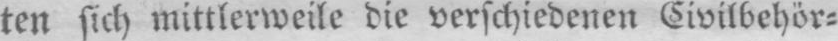
ten sich mittlerweile die verschiedenen Civilbehör⸗